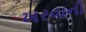
ખરવાની